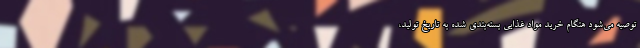
توصیه می‌شود هنگام خرید مواد غذایی بسته‌بندی شده به تاریخ تولید،